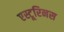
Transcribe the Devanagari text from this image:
एस्टूरिनस